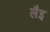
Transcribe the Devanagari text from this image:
लैइ